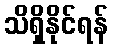
သိရှိနိုင်ရန်